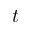
t